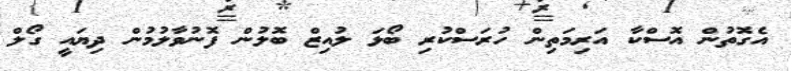
އެގޮތުން އޮސްކާ އަރިމަތިން ހުރަސްކުރި ބޯޅަ ލުއިޒް ބޮލުން ފޮނުވާލުމުން ދިޔައީ ގޯލް